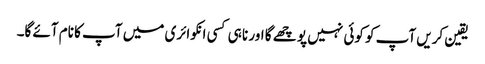
یقین کریں آپ کو کوئی نہیں پو چھے گا اور نا ہی کسی انکوائری میں آپ کا نام آئے گا۔